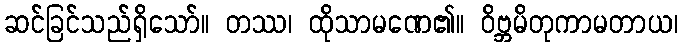
ဆင်ခြင်သည်ရှိသော်။ တဿ၊ ထိုသာမဏေ၏။ ဝိဗ္ဘမိတုကာမတာယ၊